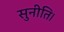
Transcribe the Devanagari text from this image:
सुनीति।